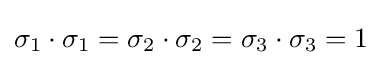
{\textstyle \sigma _{1}\cdot \sigma _{1}=\sigma _{2}\cdot \sigma _{2}=\sigma _{3}\cdot \sigma _{3}=1}